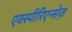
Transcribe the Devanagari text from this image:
एक्स्पीरिएन्सेज़